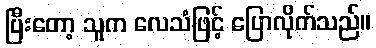
ပြီးတော့ သူက လေသံဖြင့် ပြောလိုက်သည်။